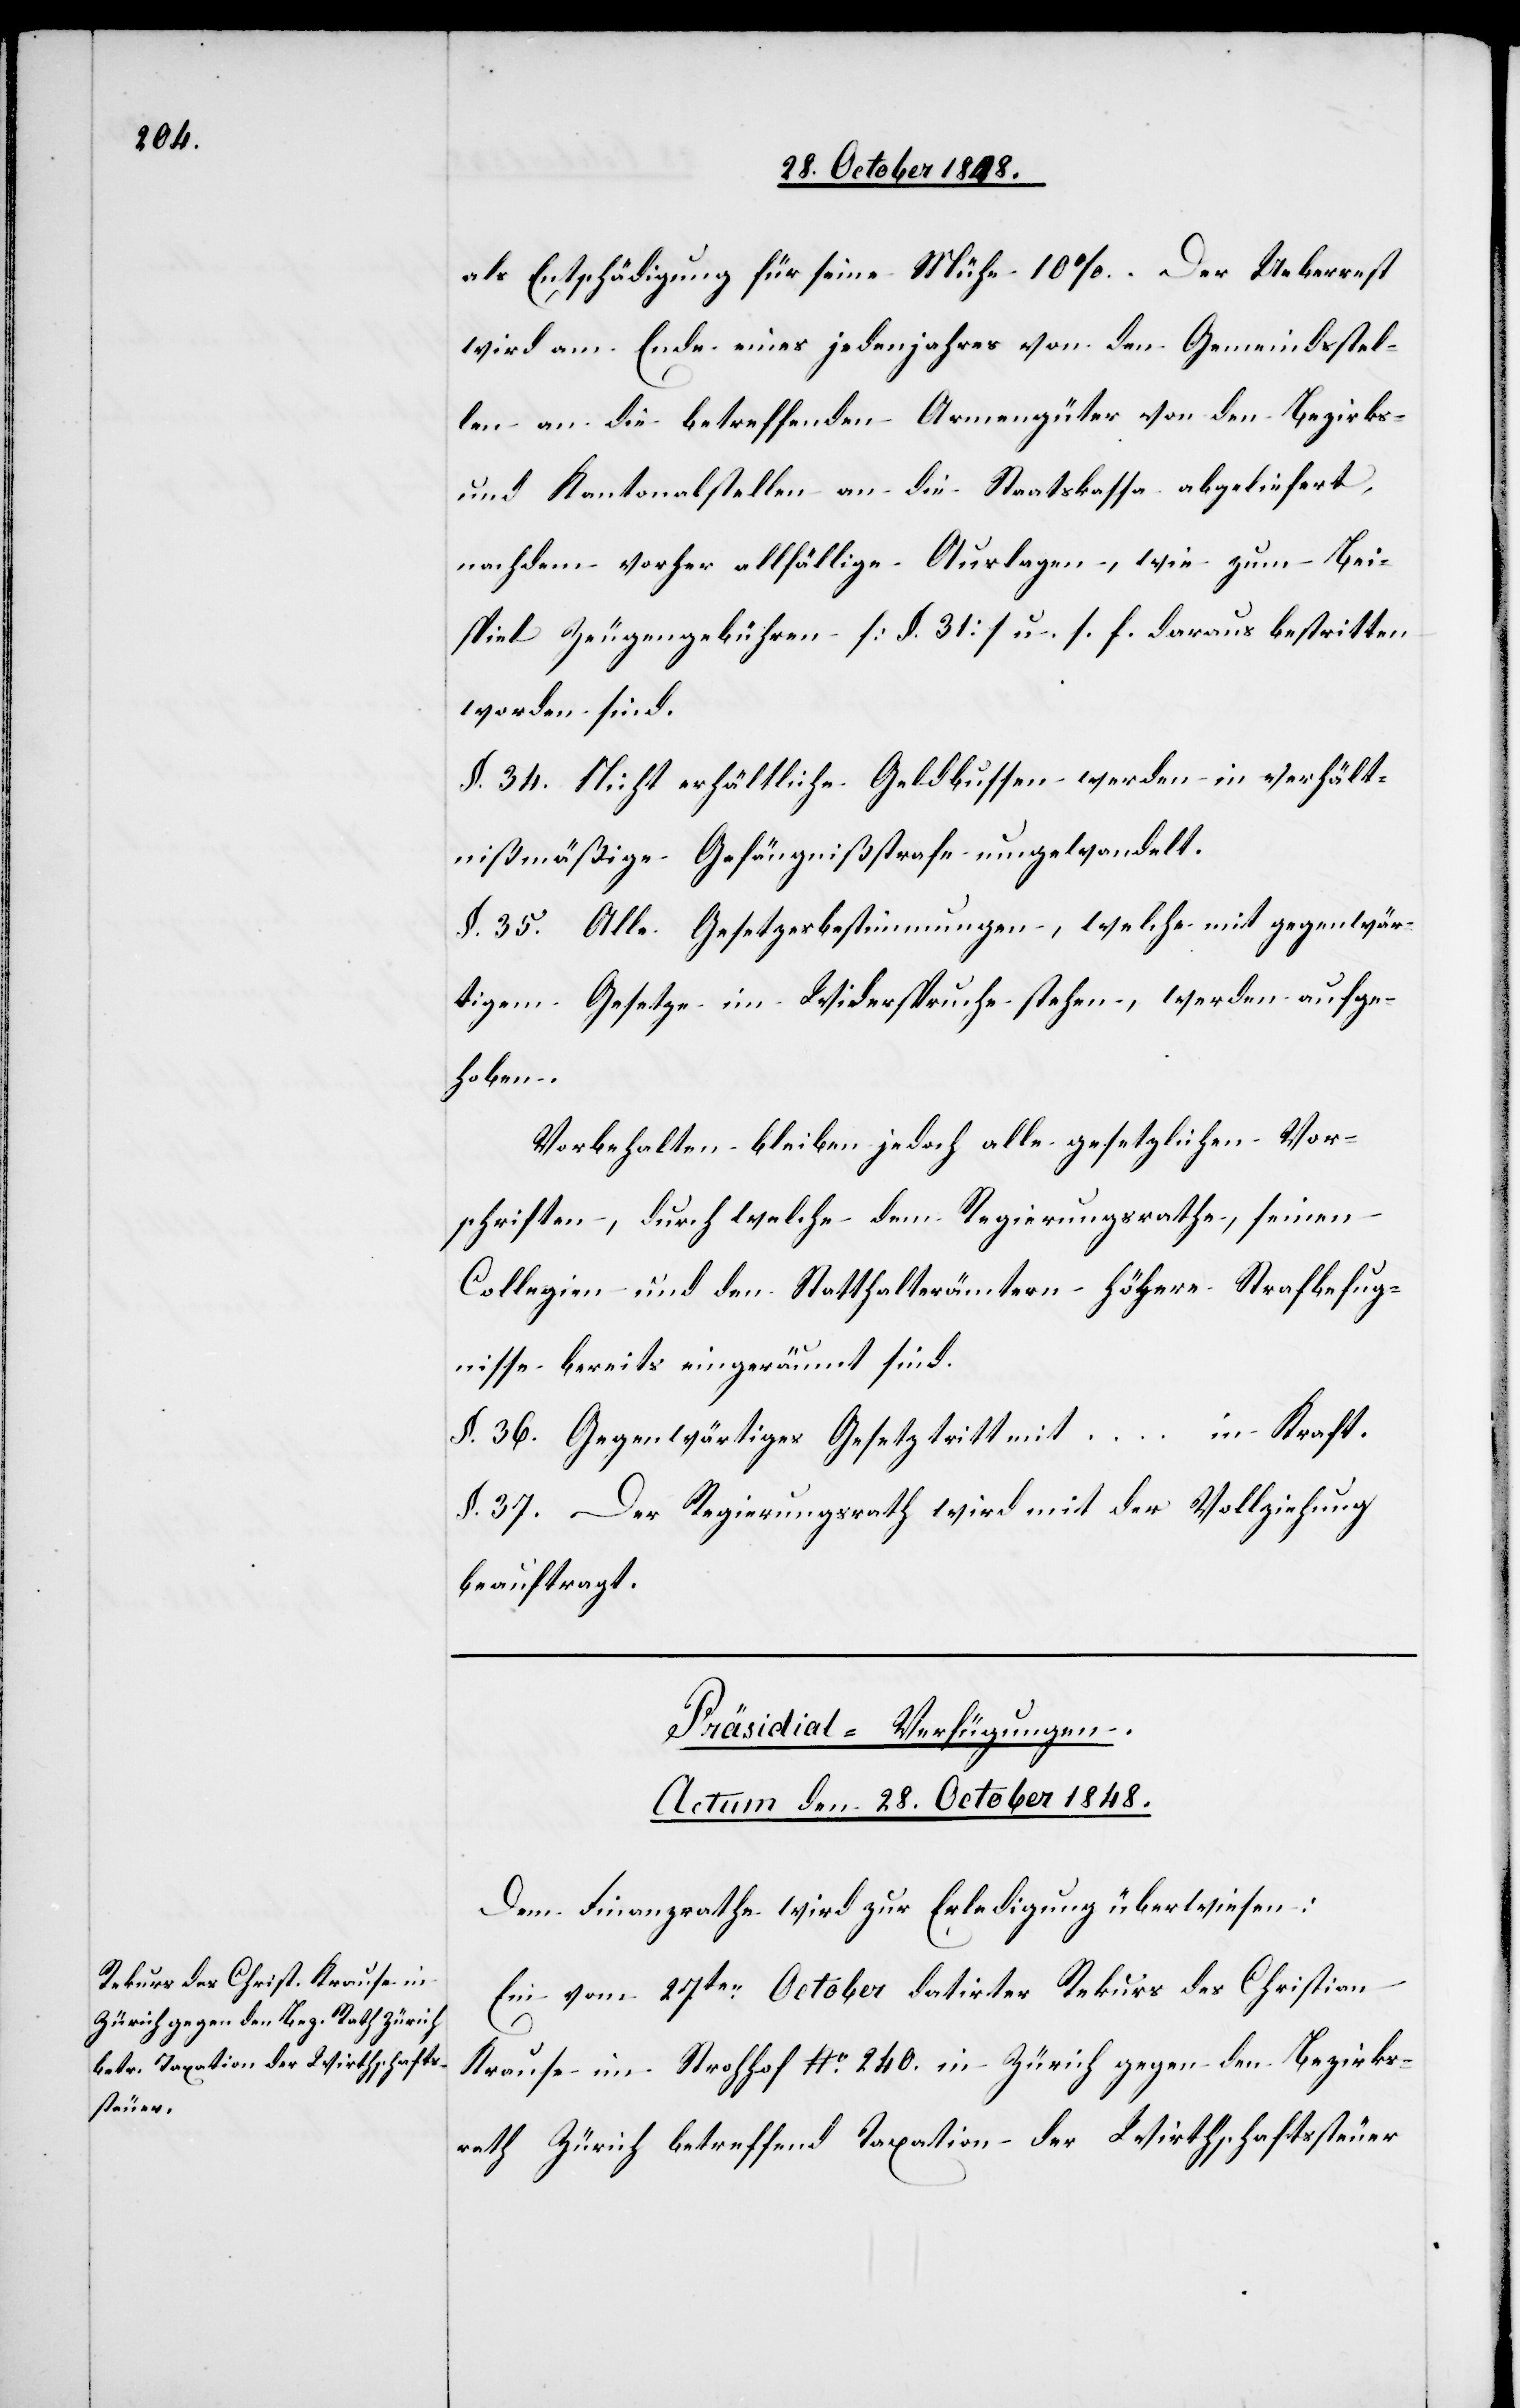
r[.]

als Entschädigung für seine Mühe 10%. Der Ueberrest
wird am Ende eines jedenjahres von den Gemeindsstel¬
len an die betreffenden Armengüter von den Bezirks-
und Kantonalstellen an die Staatskassa abgeliefert,
nachdem vorher allfällige Auslagen, wie zum Bei¬
spiel Zeugengebühren [§. 31.] u. s. f. daraus bestritten
worden sind.
§. 34. Nicht erhältliche Geldbussen werden in verhält¬
nißmäßige Gefängnißstrafe umgewandelt.
§. 35. Alle Gesetzesbestimmungen, welche mit gegenwär¬
tigem Gesetze im Widerspruch stehen, werden aufge¬
hoben.
Vorbehalten bleiben jedoch alle gesetzlichen Vor¬
schriften, durch welche dem Regierungsrathe, seinen
Collegien und den Statthalterämtern höhere Strafbefug¬
nisse bereits eingeräumt sind.
§. 36. Gegenwärtiges Gesetz tritt mit … in Kraft.
§. 37. Der Regierungsrath wird mit der Vollziehung
beauftragt.
Präsidial-Verfügungen.
Actum den 28. October 1848.
Dem Finanzrath wird zur Erledigung überwiesen:
Ein vom 27ten October datirter Rekurs des Christian
Krause im Strohhof No 240. in Zürich gegen den Bezirks¬
rath Zürich betreffend Taxation der Wirthschaftssteue¬